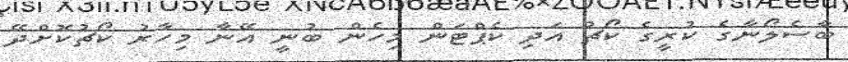
ބާސެލޯނާގެ ކުރީގެ ކޯޗު އަދި ކެޕްޓަން މިހެން ބުނީ އޭނާ މިހާރު ކޯޗުކޮށްދޭ